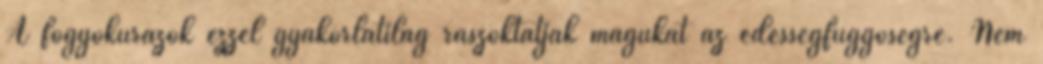
A fogyókúrázók ezzel gyakorlatilag rászoktatják magukat az édességfüggőségre. Nem